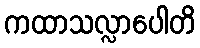
ကထာသလ္လာပေါတိ